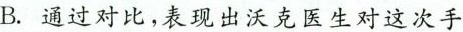
B.通过对比，表现出沃克医生对这次手